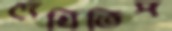
দেখিতিস